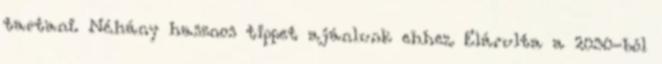
tartani. Néhány hasznos tippet ajánlunk ehhez. Elárulta a 2030-ból